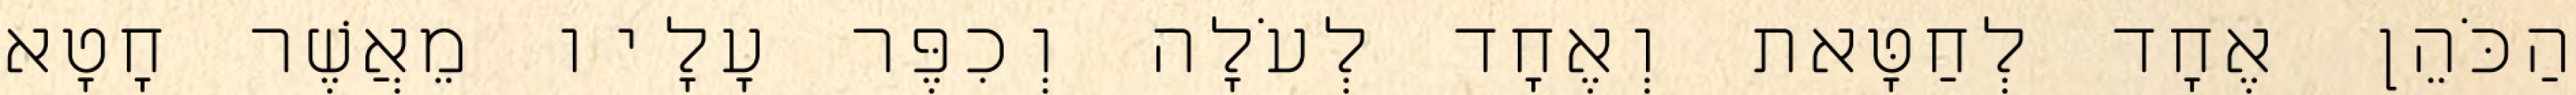
הַכֹּהֵן אֶחָד לְחַטָּאת וְאֶחָד לְעֹלָה וְכִפֶּר עָלָיו מֵאֲשֶׁר חָטָא